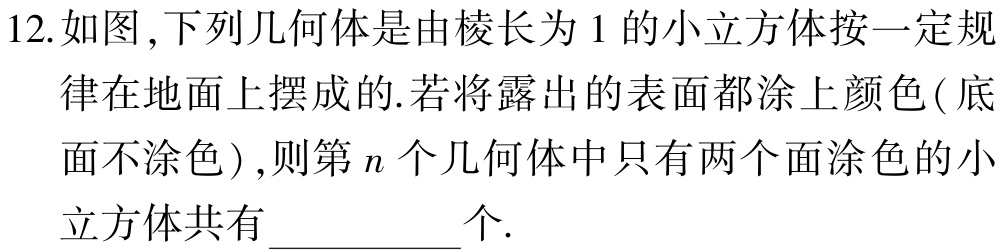
12.如图,下列几何体是由棱长为1的小立方体按一定规律在地面上摆成的.若将露出的表面都涂上颜色(底面不涂色),则第\(n\)个几何体中只有两个面涂色的小立方体共有__________个.